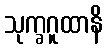
သုက္ခဂူထာနိ